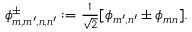
\begin{array} { r } { \phi _ { m , m ^ { \prime } , n , n ^ { \prime } } ^ { \pm } : = \frac { 1 } { \sqrt { 2 } } [ \phi _ { m ^ { \prime } , n ^ { \prime } } \pm \phi _ { m n } ] . } \end{array}